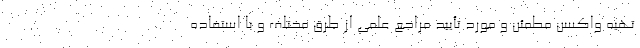
تهیه واکسن مطمئن و مورد تأیید مراجع علمی از طرق مختلف و با استفاده